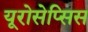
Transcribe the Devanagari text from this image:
यूरोसेप्सिस